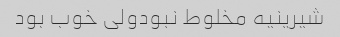
شیرینیه مخلوط نبودولی خوب بود